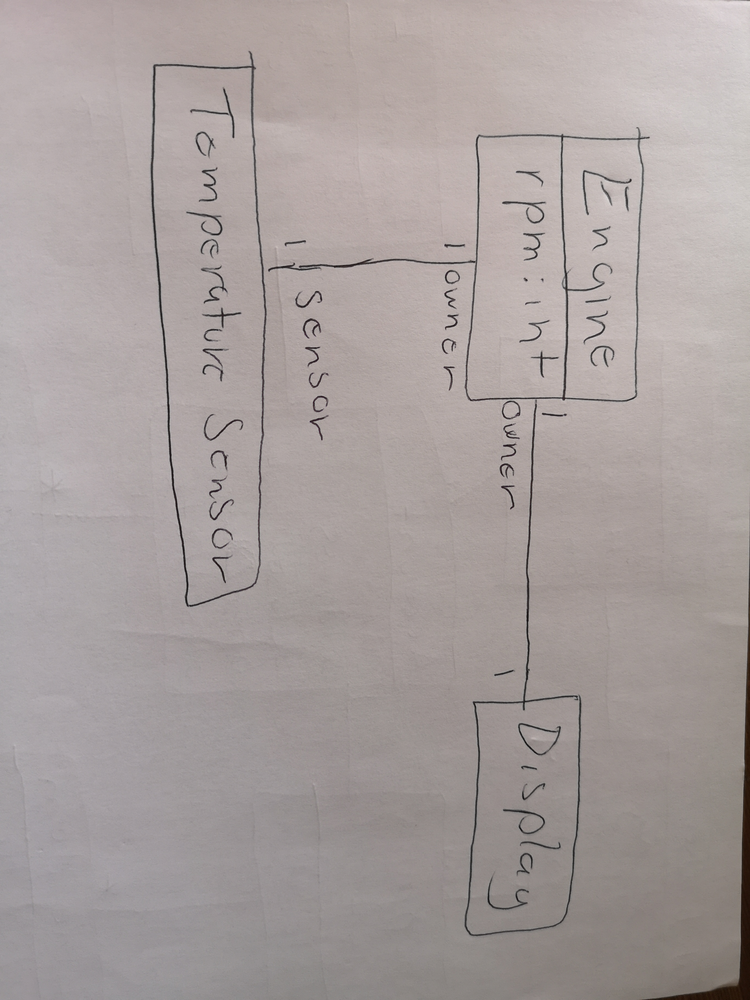
Diagram type: class_diagram
```plantuml
@startuml

class Engine {
  rpm: int
}

class Display

class "Temperature Sensor" as TemperatureSensor

Engine "owner 1" -- "1" Display
Engine "owner 1" -- "sensor 1" TemperatureSensor

@enduml
```